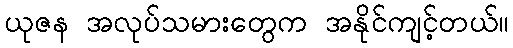
ယုဇန အလုပ်သမားတွေက အနိုင်ကျင့်တယ်။